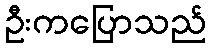
ဦးကပြောသည်